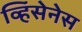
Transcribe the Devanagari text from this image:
व्हिंसेनेस